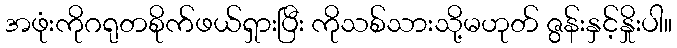
အဖုံးကိုဂရုတစိုက်ဖယ်ရှားပြီး ကိုသစ်သားသို့မဟုတ် ဇွန်းနှင့်နှိုးပါ။